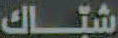
شباك